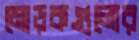
মোড়কগুলোর